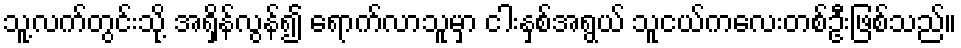
သူ့လက်တွင်းသို့ အရှိန်လွန်၍ ရောက်လာသူမှာ ငါးနှစ်အရွယ် သူငယ်ကလေးတစ်ဦးဖြစ်သည်။